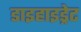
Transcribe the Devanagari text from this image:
डाइहाइड्रेट